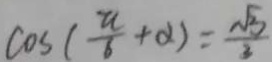
\cos ( \frac { a } { 6 } + \alpha ) = \frac { \sqrt { 3 } } { 3 }